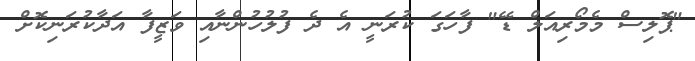
"ޕޮލިސް މެމޯރިއަލް ޑޭ" ފާހަގަ ކުރަނީ އެ ދެ ފުލުހުންނާއި ވަޒީފާ އަދާކުރަނިކޮށް